Lunatic asylums United Provinces 1909-1921 - 1909-1921
Year: 1909
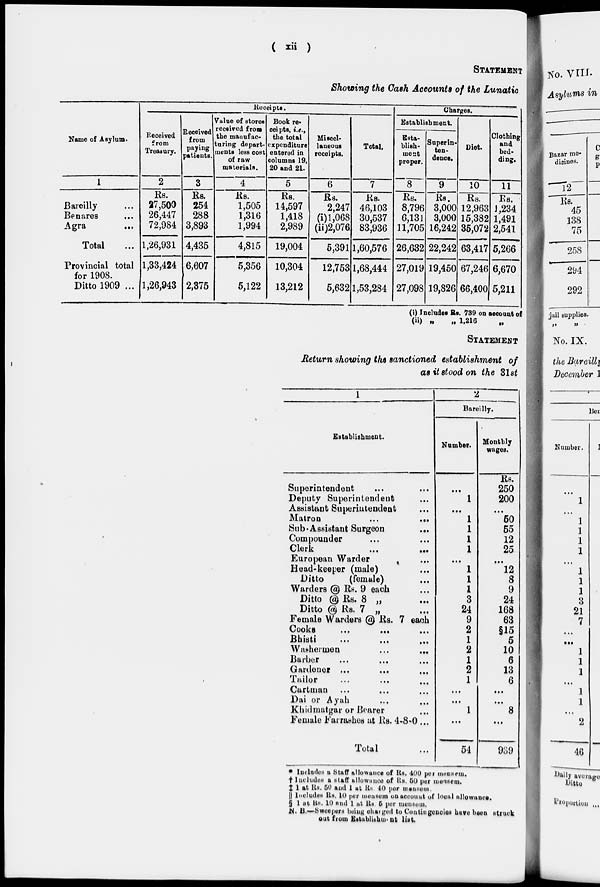
( xii )
STATEMENT
Showing the Cash Accounts of the Lunatic
Name of Asylum.
1
Bareilly ...
Benares ...
Agra
...
Total ...
Provincial total
for 1908.
Ditto 1909 ...
Receipts.
Received
from
Treasury.
2
Rs.
27,500
26,447
72,984
1,26,931
1,33,424
1,26,943
Received
from
paying
patients.
3
Rs.
254
288
3,893
4,435
6,607
2,375
Value of stores
received from
the manufac-
turing depart-
ments less cost
of raw
materials.
4
Rs.
1,505
1,316
1,994
4,815
5,356
5,122
Book re-
ceipts, i.e.,
the total
expenditure
entered in
columns 19,
20 and 21.
5
Rs.
14,597
1,418
2,989
19,004
10,304
13,212
Miscel-
laneous
receipts.
6
Rs.
2,247
(i) 1,068
(ii)2,076
5,391
12,753
5,632
Total.
7
Rs.
46,103
30,537
83,936
1,60,576
1,68,444
1,53,284
Charges.
Establishment.
Esta-
blish-
ment
proper.
8
Rs.
8,796
6,131
11,705
26,632
27,019
27,098
Superin-
ten-
dence.
9
Rs.
3,000
3,000
16,242
22,242
19,450
19,826
Diet.
10
Rs.
12,963
15,382
35,072
63,417
67,246
66,400
Clothing
and
bed-
ding.
11
Rs.
1,234
1,491
2,541
5,266
6,670
5,211
(i) Includes Rs. 739 on account of
(ii) „
„ 1,216
„
STATEMENT
Return showing the sanctioned establishment of
as it stood on the 31 st
1
Establishment.
Superintendent ... ...
Deputy Superintendent ...
Assistant Superintendent ...
Matron
...
...
Sub . Assistant Surgeon
...
Compounder ... ...
Clerk
...
...
European Warder ...
Head-keeper (male) ...
Ditto
(female) ...
Warders @ Rs. 9 each ...
Ditto @ Rs. 8 „ ...
Ditto @ Rs. 7 „ ...
Female Warders @ Rs. 7 each
Cooks
... ... ...
Bhisti
...
...
...
Washermen
...
...
Barber
...
... ...
Gardener ... ... ...
Tailor ... ... ...
Curtman ... ... ...
Dai or Ayah ... ...
Khidmatgar or Bearer ...
Female Farrashes at Rs. 4-8-0 ...
Total ...
2
Bareilly.
Number.
...
1
...
1
1
1
1
...
1
1
1
3
24
9
2
1
2
1
2
1
...
...
1
...
54
Monthly
wages.
Rs.
250
200
...
50
55
12
25
...
12
8
9
24
168
63
§15
5
10
6
13
6
...
...
8
...
939
* Includes a Staff allowance of Rs. 400 per mensem.
† Jueludub a staff allowance of Rs. 50 per mensem.
‡ 1 at Rs. 50 and 1 at Rs. 40 per mensem.
|| Includes Rs. 10 per mensem on account of local allowance.
§ 1 at Rs. 10 and 1 at Rs. 5 per mensem.
N. B.—Sweepers being charged to Contingencies have been struck
out from Establishment list.